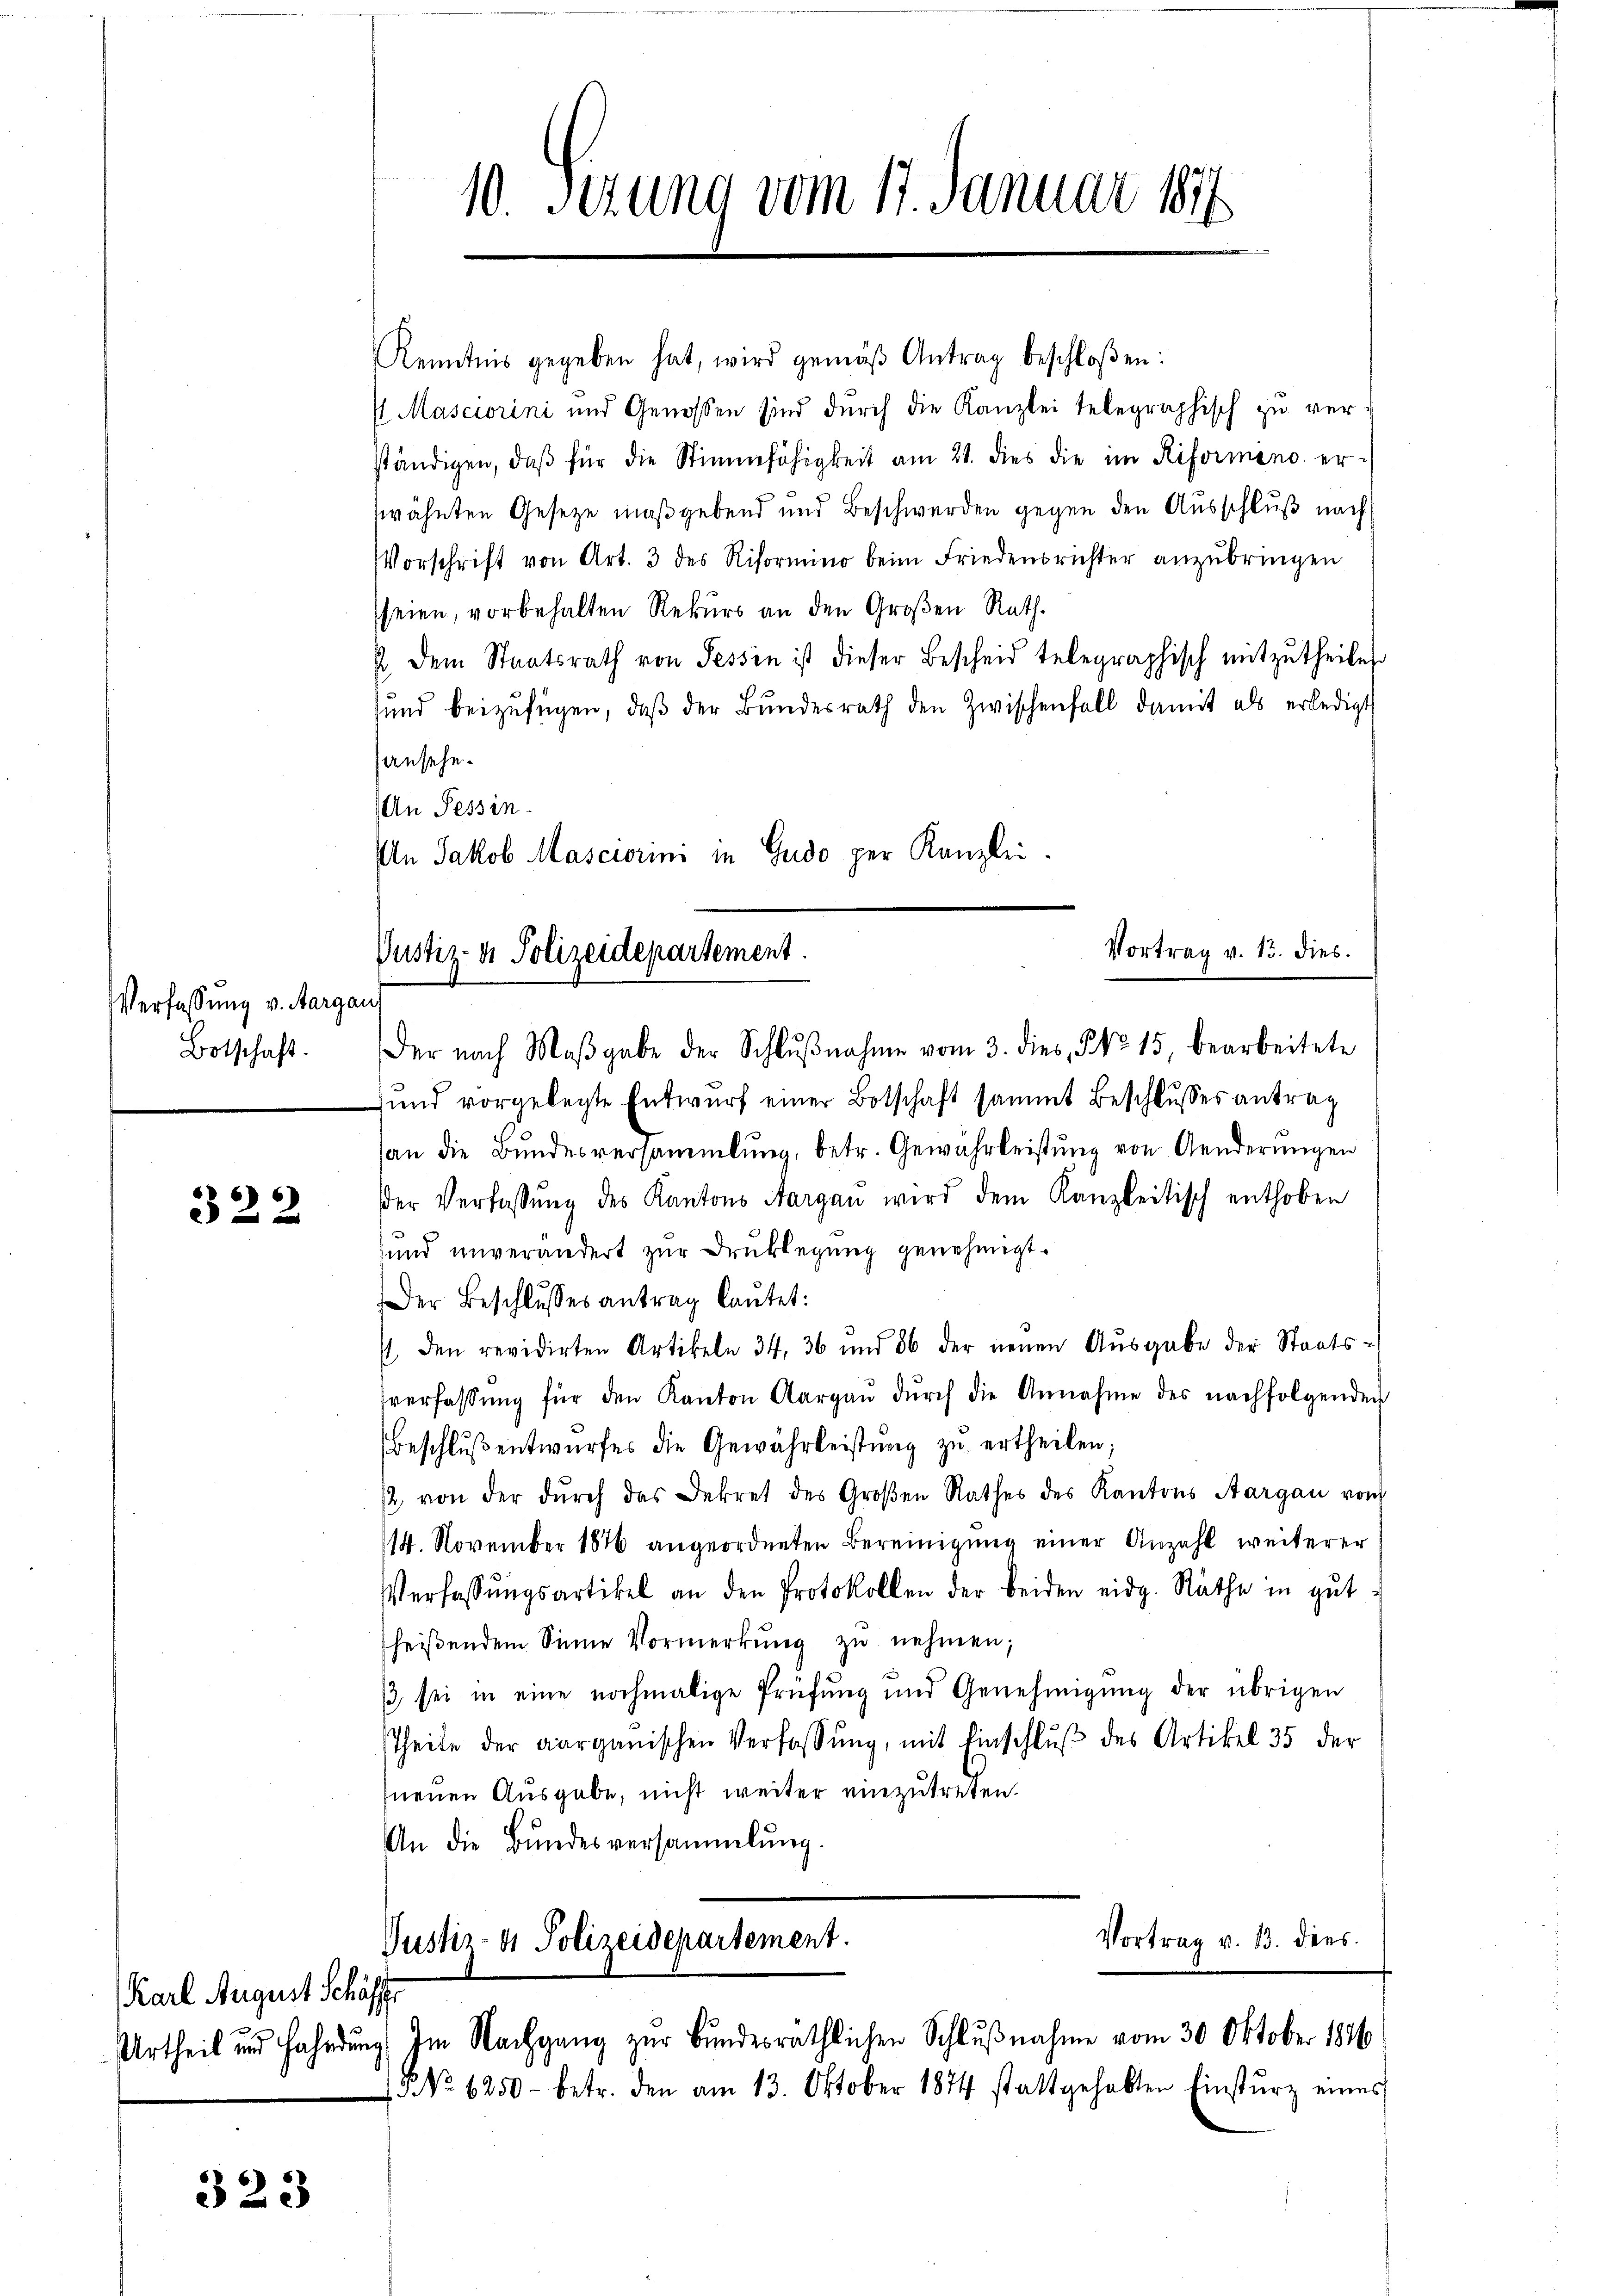
Verfassung v. Aarga
Botschaft.

322

Karl August Schäft

323

Kenntnis gegeben hat, wird gemäβ Antrag beschloßen:
4 Masciorini und Genossen sind durch die Kanzlei telegraphisch zu ver
ständigen, daβ für die Stimmfähigkeit am 21. dies die im Riformino er-
wähnten Gesetze maßgebend und Beschwerden gegen den Ausschluß nach
Vorschrift von Art. 3 des Riformino beim Friedensrichter anzŭbringen
seien, vorbehalten Rekurs an den Großen Rath.
J. dem Staatsrath von Tessin ist dieser Bescheid telegraphisch mitzutheilen
sund beizufügen, daβ der Bundesrath den Zwischenfall damit als erledigt
ansehe.
An Tessin.
In Jakob Masciorini in Gudo per Kanzlei.

Vortrag v. 13. dies
Justiz- & Polizeidepartement.
Der nach Maβgabe der Schlŭβnahme vom 3. dies No 15. bearbeitete

10. Serung vom 17. Januar 1847

ŭnd vorgelegte Entwŭrf einer Botschaft sammt Beschlusses antrag
an die Bundesversammlung, betr. Gewährleistung von Aenderungen
der Verfassŭng des Kantons Aargau wird dem Kanzleitisch enthoben
sund unverändert zur Drucklegung genehmigt.
Der Beschlusses antrag laŭtet:
 den revidirten Artikeln 34, 36 und 86 der neuen Aŭsgabe der Staats-
sverfassŭng für den Kanton Aargaŭ dŭrch die Annahme des nachfolgenden
Beschlŭβ entwurfes die Gewährleistŭng zu ertheilen;
12. von der dŭrch das Dekret des Groβen Rathes des Kantons Aargau vom
114. November 1876 angeordneten Bereinigung einer Anzahl weiterer
Verfassŭngsartikel an den Protokollen der beiden eidg. Räthe in gŭt-
sheiβendem Sinne Vormerkŭng zŭ nehmen;
/3 sei in eine nochmalige Prüfŭng und Genehmigŭng der übrigen
Theile der aarganischen Verfassŭng, mit Einschlŭβ des Artikel 35 der
neuen Ausgabe, nicht weiter einzutreten.
An die Bundesversammlung.
Vortrag v. 13. dies
Justiz- & Polizeidepartement.
Urtheil und Fahndung. Im Nachgang zur Bundesräthlichen Schlußnahme vom 30. Oktober 1846
5 No 6250- betr. den am 13. Oktober 1874 stattgehabten Einsturz eines